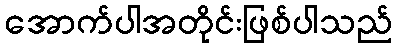
အောက်ပါအတိုင်းဖြစ်ပါသည်